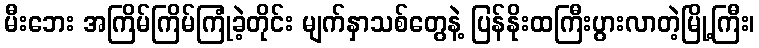
မီးဘေး အကြိမ်ကြိမ်ကြုံခဲ့တိုင်း မျက်နှာသစ်တွေနဲ့ ပြန်နိုးထကြီးပွားလာတဲ့မြို့ကြီး၊